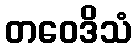
တဝေဒိသံ